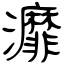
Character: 灖